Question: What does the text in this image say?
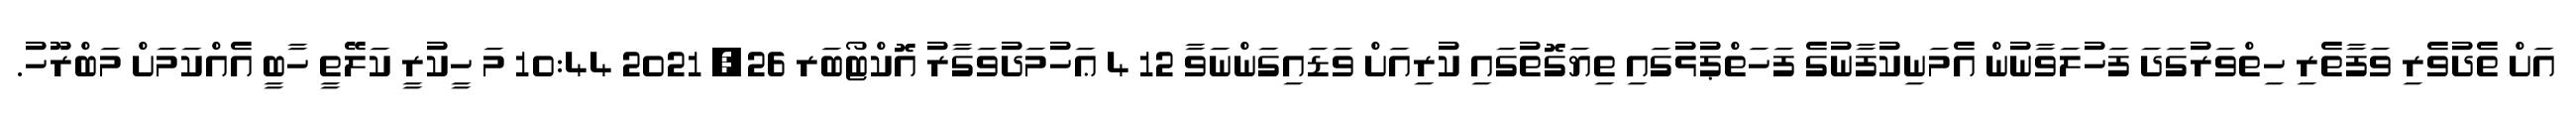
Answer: އަށް ތެދުވެރި ވަފާތެރި ހިތްވަރުގަދަ ފަހުލަވާނުން އެމަނިކުފާނުގެ ފަހަތްޕުޅުގައި ތިޔަގޮތުގައި ކުރިއަށް ވަޑައިގަންނަވާ 12 4 ޢަހުމަދުވަގާރު އޮކްޓޯބަރ 26, 2021 10:44 މަ ހީކުރީ ކަލޭތީ ހާބީ އެއްކަމަށް މަބްރޫހު.